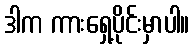
ဒါက ကားရှေ့ပိုင်းမှာပါ။